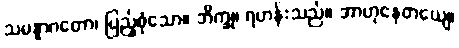
သမန္နာဂတော၊ ပြည့်စုံသော။ ဘိက္ခု၊ ရဟန်းသည်။ အာဟုနေတယျေ၊